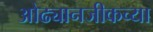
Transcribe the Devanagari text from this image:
ओढ्यानजीकच्या